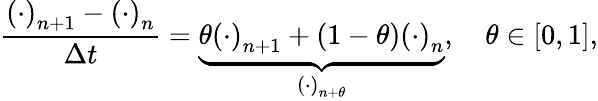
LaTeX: \frac{\left(\cdot\right)_{n+1}-\left(\cdot\right)_{n}}{\Delta t}=\underbrace{\theta\left(\cdot\right)_{n+1}+\left(1-\theta\right)\left(\cdot\right)_{n}}_{\left(\cdot\right)_{n+\theta}},\quad\theta\in[0,1],